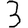
Digit: 3